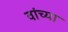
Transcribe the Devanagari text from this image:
वांच्या